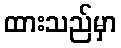
ထားသည်မှာ